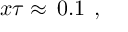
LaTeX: x \tau \approx \, 0 . 1 \, \; ,